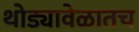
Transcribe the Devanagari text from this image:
थोड्यावेळातच